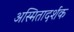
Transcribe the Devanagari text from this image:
अस्मितादर्शक